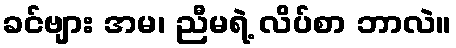
ခင်ဗျား အမ၊ ညီမရဲ့ လိပ်စာ ဘာလဲ။